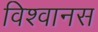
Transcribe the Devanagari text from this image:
विश्‍वानस